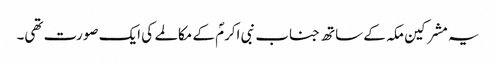
یہ مشرکین مکہ کے ساتھ جناب نبی اکرمؐ کے مکالمے کی ایک صورت تھی۔